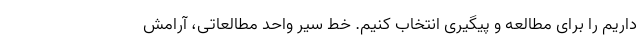
داریم را برای مطالعه و پیگیری انتخاب کنیم. خط سیر واحد مطالعاتی، آرامش